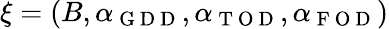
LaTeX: \xi=(B,\alpha_{\mathrm{~G~D~D~}},\alpha_{\mathrm{~T~O~D~}},\alpha_{\mathrm{~F~O~D~}})